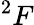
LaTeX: ^{2}F